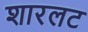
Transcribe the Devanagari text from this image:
शारलट